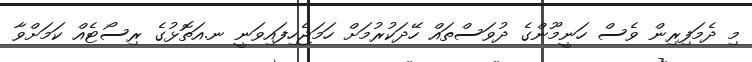
މި ދެމަފިރިން ވެސް ހަނީމޫންގެ ދުވަސްތައް ހޭދަކުރުމަށް ހަމަޖެހިފައިވަނީ ނ.އަތޮޅުގެ ރިސޯޓެއް ކަމަށްވާ